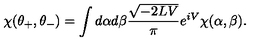
\chi ( \theta _ { + } , \theta _ { - } ) = \int d \alpha d \beta \frac { \sqrt { - 2 L V } } { \pi } e ^ { i V } \chi ( \alpha , \beta ) .